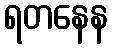
ရတနေန